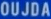
OUJDA